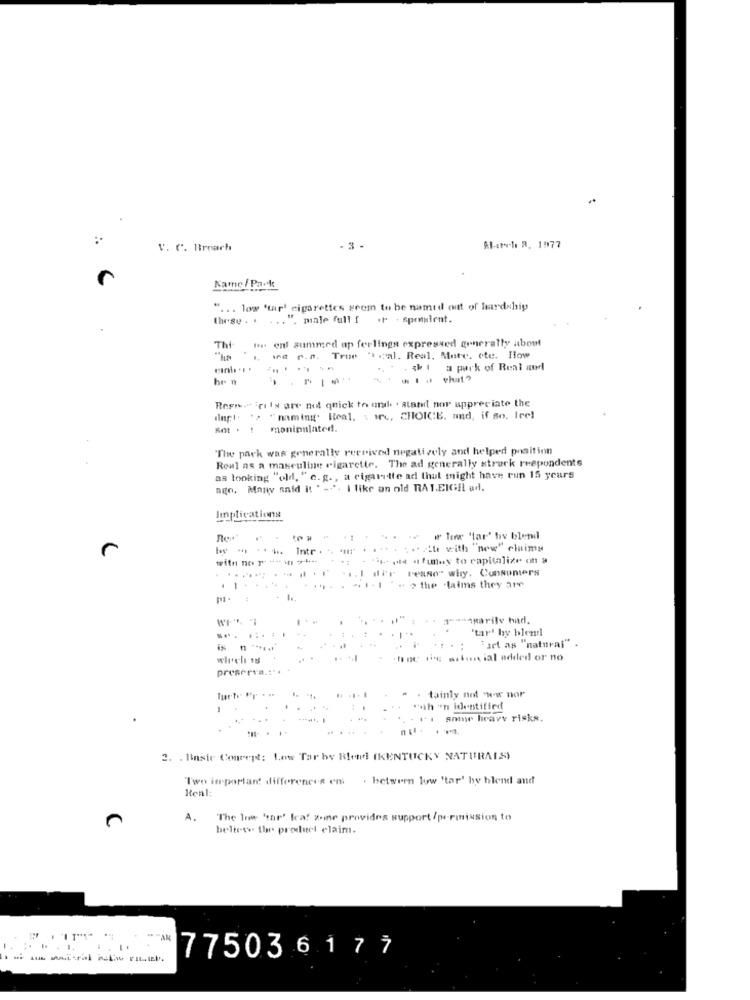
V. C. Btrnach
Al-style R, 1977
Kame / Pack
" ... low 'tar' cigarettes grom to be named out of hardship
these . . ... ". male full f .F . sprmulent.
.
los enl aummed up ferlinga expressed generally about
Thi
"h ". we r.n. True " .al. Real, Mute. cte. How
a pack of Real aurl
hr n
-
Repreri ly are not qnick to unh . stand nor appreciate the
. "> "mming. Heal. : irc, CHOICE. and, if so, Ire!
moninitiated !.
The park was generally received negatively and helped position
Real as a masculine cigarette. The ad generally struck respondents
as looking "old, e. g ., a cigarette ad thul might have run 15 years
ago. Many said it * --*. I like an old RAT.EIGil ad.
Implications
w w lex "lar' by blend
₩ * *** Intr . .. * ""
... .. Ale with "new" claims
with no 1 + 1 +++++
+"kopie a funny to capitalize on a
Pease" why. Consumers
. 1 ..
" > the laims they are
"amarilv had.
tart by blend
... ... ..
"art as "natural" .
is n **...
. ial added or no
preserva .:**
tainly not w-w hor
"ah on identified
*** some heavy risks.
2. . Basic Concept: Low Tar by Blend] (KENTUCKY NATURALS)
Two important differences em
. between low 'tar' by blend and
Renl:
A.
The Inwe har' leaf zone provides support /permission to
believe the product elaim.
-------
775036177